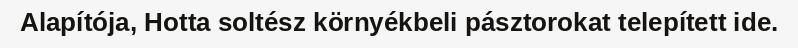
Alapítója, Hotta soltész környékbeli pásztorokat telepített ide.